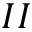
I I